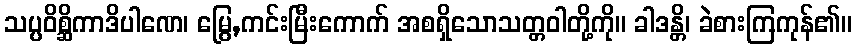
သပ္ပဝိစ္ဆိကာဒိပါဏေ၊ မြွေ,ကင်းမြီးကောက် အစရှိသောသတ္တဝါတို့ကို။ ခါဒန္တိ၊ ခဲစားကြကုန်၏။